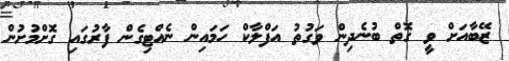
ޒޭބާއަށް ވީ ގޮތް ބުނެދިން ވަގުތު އަފްލާކް ހަމައިން ނެއްޓިގެން ފާރުގައި ގޮށްމުށުން